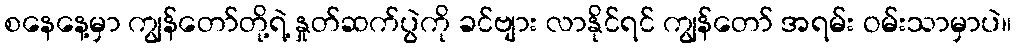
စနေနေ့မှာ ကျွန်တော်တို့ရဲ့ နှုတ်ဆက်ပွဲကို ခင်ဗျား လာနိုင်ရင် ကျွန်တော် အရမ်း ဝမ်းသာမှာပဲ။